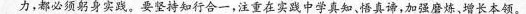
力，都必须躬身实践。要坚持知行合一，注重在实践中学真知，悟真谛，加强磨炼、增长本领。